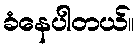
ခံနေပါတယ်။